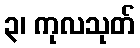
၃၊ ကုလသုတ်